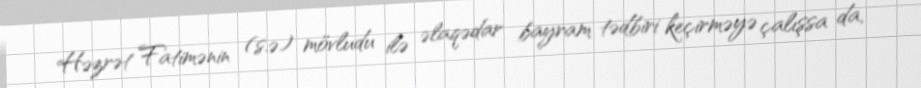
Həzrət Fatimənin (s.ə) mövludu ilə əlaqədar bayram tədbiri keçirməyə çalışsa da,